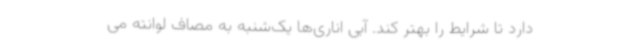
دارد تا شرایط را بهتر کند. آبی اناری‌ها یک‌شنبه به مصاف لوانته می